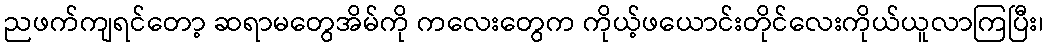
ညဖက်ကျရင်တော့ ဆရာမတွေအိမ်ကို ကလေးတွေက ကိုယ့်ဖယောင်းတိုင်လေးကိုယ်ယူလာကြပြီး၊